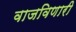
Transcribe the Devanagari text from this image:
वाजविणारी